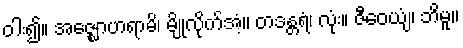
ဝါး၍။ အဇ္ဈောဟရာမိ၊ မျိုလိုက်အံ့။ တဒန္တရံ၊ လုံး။ ဇီဝေယျံ၊ ဘိမူ။